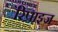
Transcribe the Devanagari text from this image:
रिप्राइज